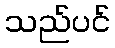
သည်ပင်